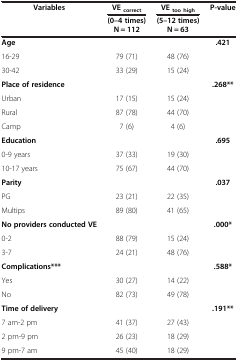
| <ROWSPAN=2> Variables | VEcorrect | VEtoo high | <ROWSPAN=2> P-value |
 | (0–4 times) | (5–12 times) |
 |  | N = 112 | N = 63 |  |
 | --- | --- | --- | --- |
 | Age |  |  | .421 |
 | 16-29 | 79 (71) | 48 (76) |  |
 | 30-42 | 33 (29) | 15 (24) |  |
 | Place of residence |  |  | .268** |
 | Urban | 17 (15) | 15 (24) |  |
 | Rural | 87 (78) | 44 (70) |  |
 | Camp | 7 (6) | 4 (6) |  |
 | Education |  |  | .695 |
 | 0-9 years | 37 (33) | 19 (30) |  |
 | 10-17 years | 75 (67) | 44 (70) |  |
 | Parity |  |  | .037 |
 | PG | 23 (21) | 22 (35) |  |
 | Multips | 89 (80) | 41 (65) |  |
 | No providers conducted VE |  |  | .000* |
 | 0-2 | 88 (79) | 15 (24) |  |
 | 3-7 | 24 (21) | 48 (76) |  |
 | Complications*** |  |  | .588* |
 | Yes | 30 (27) | 14 (22) |  |
 | No | 82 (73) | 49 (78) |  |
 | Time of delivery |  |  | .191** |
 | 7 am-2 pm | 41 (37) | 27 (43) |  |
 | 2 pm-9 pm | 26 (23) | 18 (29) |  |
 | 9 pm-7 am | 45 (40) | 18 (29) |  |